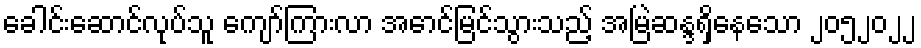
ခေါင်းဆောင်လုပ်သူ ကျော်ကြားလာ အောင်မြင်သွားသည့် အမြဲဆန္ဒရှိနေသော ၂၀၅၂၀၂၂